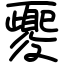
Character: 夒